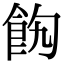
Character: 䬨